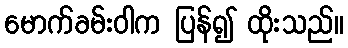
မောက်ခမ်းဝါက ပြန်၍ ထိုးသည်။